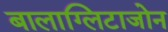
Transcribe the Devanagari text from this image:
बालाग्लिटाजोन